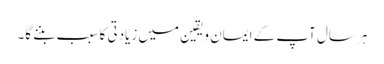
ہر سال آپ کے ایمان ویقین میں زیادتی کا سبب بننے گا۔